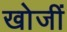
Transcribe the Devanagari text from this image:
खोजीं